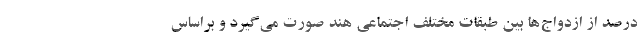
درصد از ازدواج‌ها بین طبقات مختلف اجتماعی هند صورت می‌گیرد و براساس